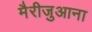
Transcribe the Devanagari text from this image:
मैरीजुआना